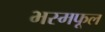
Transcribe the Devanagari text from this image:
भस्मफूल